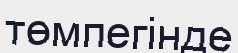
төмпегінде